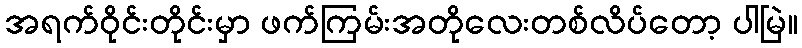
အရက်ဝိုင်းတိုင်းမှာ ဖက်ကြမ်းအတိုလေးတစ်လိပ်တော့ ပါမြဲ။